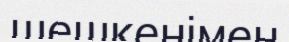
шешкенімен